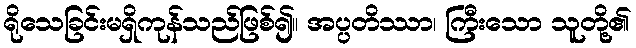
ရိုသေခြင်းမရှိကုန်သည်ဖြစ်၍။ အပ္ပတိဿာ၊ ကြီးသော သူတို့၏